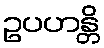
ဥပဟန္တိ